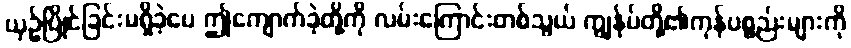
ယှဉ်ပြိုင်ခြင်းမရှိခဲ့ပေ ဤကျောက်ခဲ့တို့ကို လမ်းကြောင်းတစ်သွယ် ကျွန်ုပ်တို့၏ကုန်ပစ္စည်းများကို